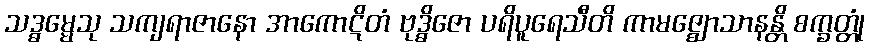
သဒ္ဓမ္မေသု သကျရာဇာနော အာကောဋိတံ ဗုဒ္ဓိဇော ပရိပူရေသီတိ ကာမဇ္ဈောသာနန္တိ စက္ခတ္တုံ